Scottish Leaving Certificate Examination, 1960
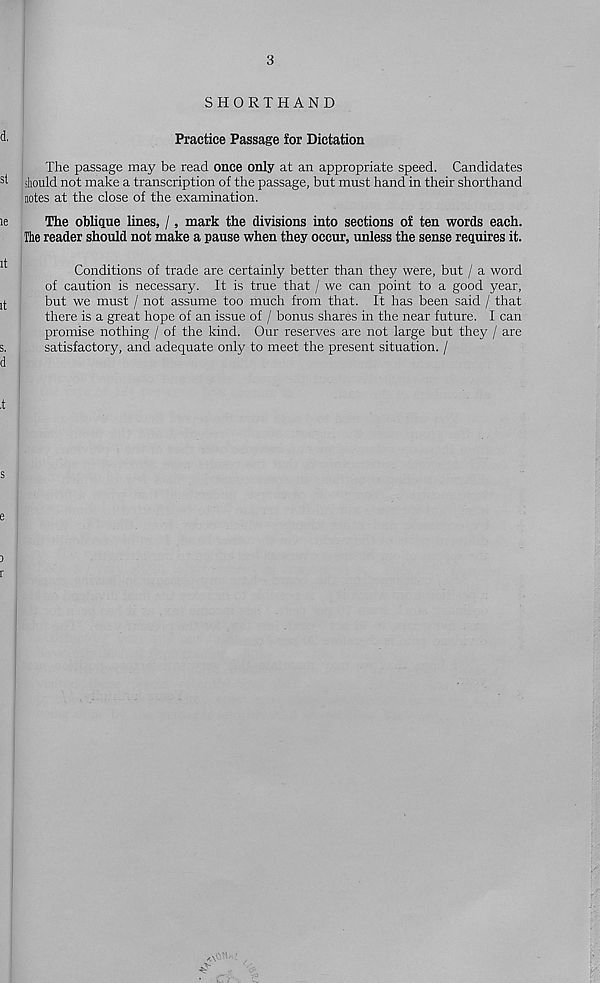
3
SHORTHAND
Practice Passage for Dictation
The passage may be read once only at an appropriate speed. Candidates
should not make a transcription of the passage, but must hand in their shorthand
notes at the close of the examination.
The oblique lines, /, mark the divisions into sections of ten words each.
The reader should not make a pause when they occur, unless the sense requires it.
Conditions of trade are certainly better than they were, but / a word
of caution is necessary. It is true that / we can point to a good year,
but we must / not assume too much from that. It has been said / that
there is a great hope of an issue of / bonus shares in the near future. I can
promise nothing / of the kind. Our reserves are not large but they / are
satisfactory, and adequate only to meet the present situation. /